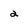
Character: 2